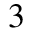
^ { 3 }